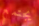
يجتمع